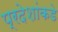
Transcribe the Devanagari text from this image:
प्रदेशांकडे